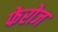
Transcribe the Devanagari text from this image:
फेरोज